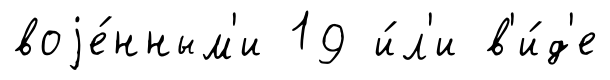
воjе́нным'и 19 и́л'и в'и́д'е